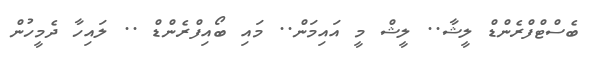
ބެސްޓްފްރެންޑް ލީޝާ.. ލީޝް މީ އައިމަން.. މައި ބޯއިފްރެންޑް .. ލައިހާ ދެމީހުން